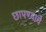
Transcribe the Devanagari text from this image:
छापण्याचे